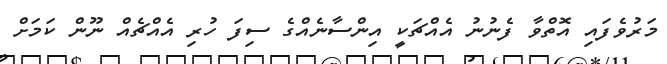
މަރުވެފައި އޮތްވާ ފެނުނު އެއްޗަކީ އިންސާނެއްގެ ސިފަ ހުރި އެއްޗެއް ނޫން ކަމަށް